Manual of the Civil Veterinary Department, Central Provinces and Berar
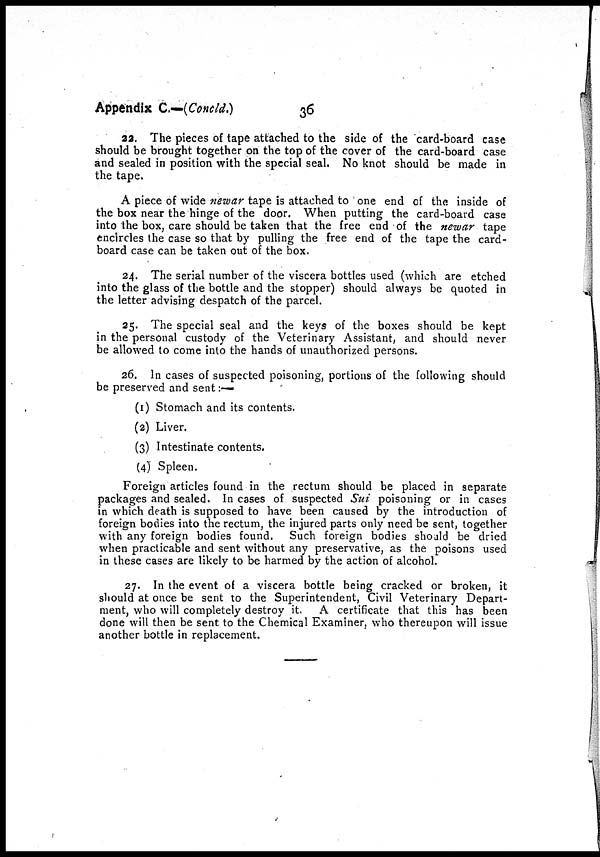
Appendix C.—(Concld.)
36
22. The pieces of tape attached to the side of the card-board case
should be brought together on the top of the cover of the card-board case
and sealed in position with the special seal. No knot should be made in
the tape.
A piece of wide newar tape is attached to one end of the inside of
the box near the hinge of the door. When putting the card-board case
into the box, care should be taken that the free end of the newar tape
encircles the case so that by pulling the free end of the tape the card-
board case can be taken out of the box.
24. The serial number of the viscera bottles used (which are etched
into the glass of the bottle and the stopper) should always be quoted in
the letter advising despatch of the parcel.
25. The special seal and the keys of the boxes should be kept
in the personal custody of the Veterinary Assistant, and should never
be allowed to come into the hands of unauthorized persons.
26. In cases of suspected poisoning, portions of the following should
be preserved and sent : —
(1) Stomach and its contents.
(2) Liver.
(3) Intestinate contents.
(4) Spleen.
Foreign articles found in the rectum should be placed in separate
packages and sealed. In cases of suspected Sui poisoning or in cases
in which death is supposed to have been caused by the introduction of
foreign bodies into the rectum, the injured parts only need be sent, together
with any foreign bodies found. Such foreign bodies should be dried
when practicable and sent without any preservative, as the poisons used
in these cases are likely to be harmed by the action of alcohol.
27. In the event of a viscera bottle being cracked or broken, it
should at once be sent to the Superintendent, Civil Veterinary Depart-
ment, who will completely destroy it. A certificate that this has been
done will then be sent to the Chemical Examiner, who thereupon will issue
another bottle in replacement.